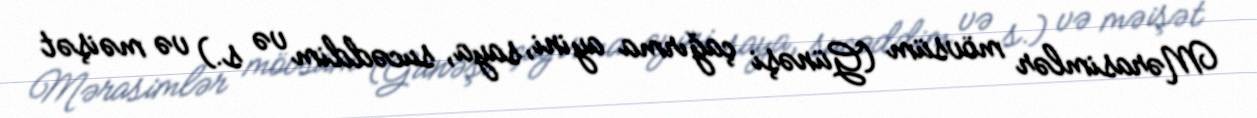
Mərasimlər mövsüm (Günəşi çağırma ayini, saya, sucəddim və s.) və məişət